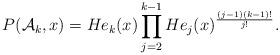
LaTeX: \begin{align*} P(\mathcal{A}_k, x) &= He_k(x) \prod_{j = 2}^{k-1} He_j(x)^{\frac{(j-1)(k-1)!}{j!}} . \end{align*}